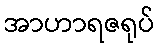
အာဟာရဇရုပ်